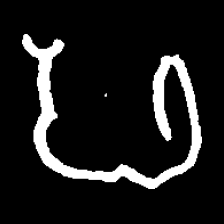
Pyu character \u2014 Myanmar letter: ဖ (romanized: pha)